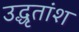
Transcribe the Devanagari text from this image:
उद्धृतांश